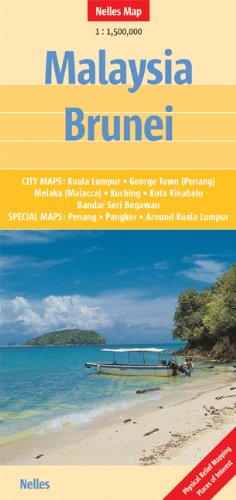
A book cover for Malaysia and Brunei Nelles map; Nelles Verlag; Travel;